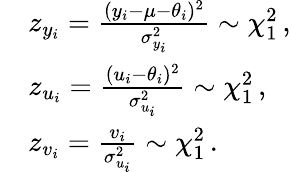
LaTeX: \begin{array}{rl}&{z_{y_{i}}=\frac{(y_{i}-\mu-\theta_{i})^{2}}{\sigma_{y_{i}}^{2}}\sim\chi_{1}^{2}\, ,}\\ &{z_{u_{i}}=\frac{(u_{i}-\theta_{i})^{2}}{\sigma_{u_{i}}^{2}}\sim\chi_{1}^{2}\, ,}\\ &{z_{v_{i}}=\frac{v_{i}}{\sigma_{u_{i}}^{2}}\sim\chi_{1}^{2}\, .}\end{array}